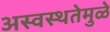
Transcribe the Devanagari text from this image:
अस्वस्थतेमुळे